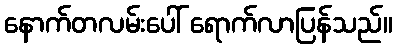
နောက်တလမ်းပေါ် ရောက်လာပြန်သည်။